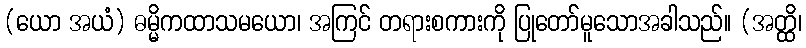
(ယော အယံ) ဓမ္မိကထာသမယော၊ အကြင် တရားစကားကို ပြုတော်မူသောအခါသည်။ (အတ္ထိ၊